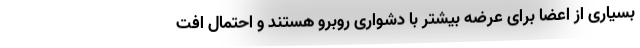
بسیاری از اعضا برای عرضه بیشتر با دشواری روبرو هستند و احتمال افت